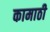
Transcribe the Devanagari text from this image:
कामाठी